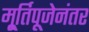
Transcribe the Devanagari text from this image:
मू्र्तिपूजेनंतर